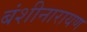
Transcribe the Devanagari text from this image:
बंशीनारायण